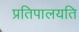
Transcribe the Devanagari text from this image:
प्रतिपालयति